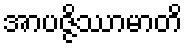
အာပဇ္ဇိဿာမာတိ